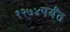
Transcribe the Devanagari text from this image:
१२७४पर्यंत